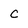
Character: C